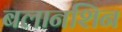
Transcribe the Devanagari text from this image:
बलानशिन